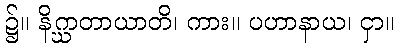
၌။ နိဂ္ဃာတာယာတိ၊ ကား။ ပဟာနာယ၊ ငှာ။